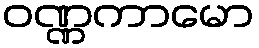
ဝဏ္ဏကာမော